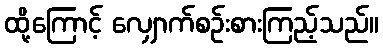
ထို့ကြောင့် လျှောက်စဉ်းစားကြည့်သည်။